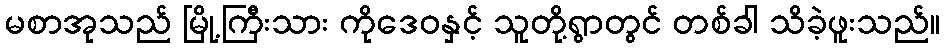
မစာအုသည် မြို့ကြီးသား ကိုဒေဝနှင့် သူတို့ရွာတွင် တစ်ခါ သိခဲ့ဖူးသည်။